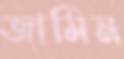
জামিন